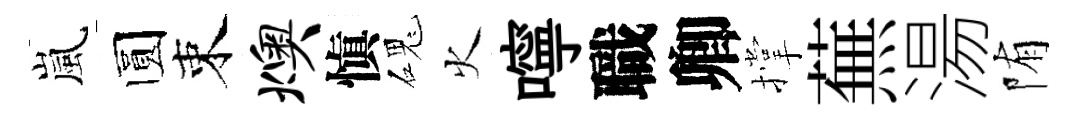
嵐圆束燠愼磈火嚀職卿撑蕪湯陏